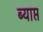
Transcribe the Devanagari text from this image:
ब्याप्त